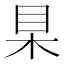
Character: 𣐥